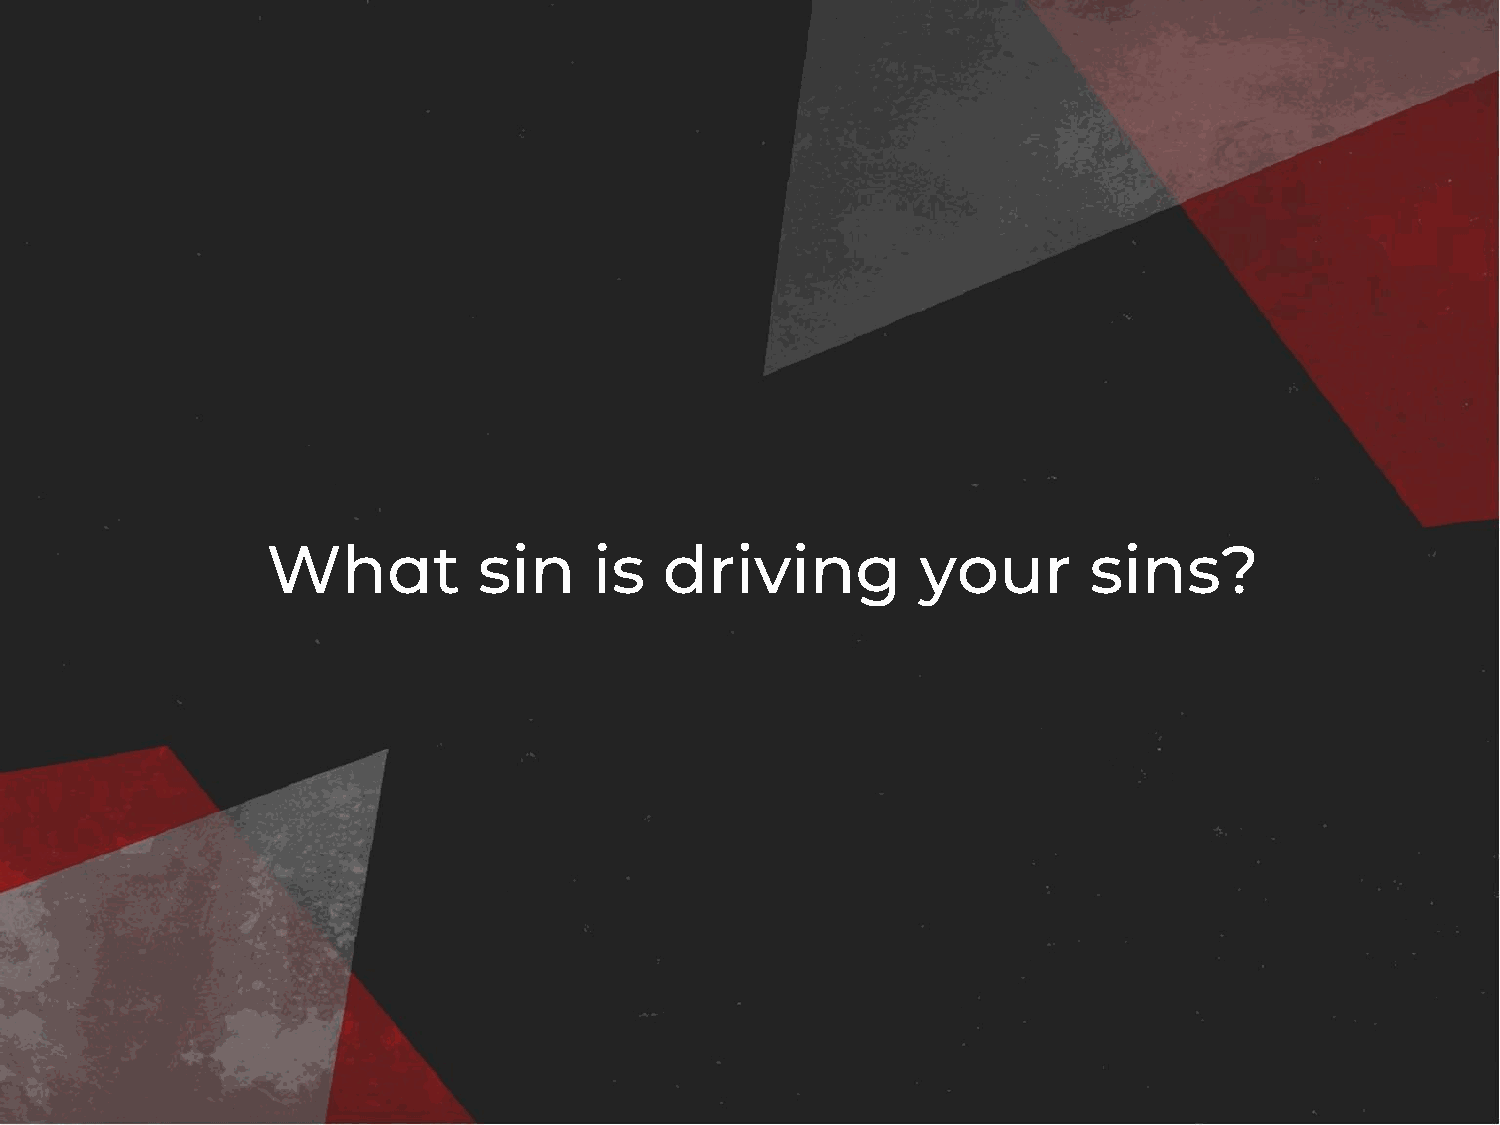
What          sin    is   driving          your       sins?